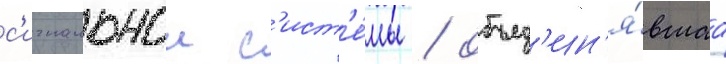
с'игнальнои с'ист'е́мы / объед'ин'я́вшаа